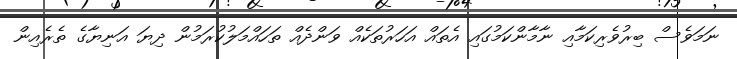
ނަމަވެސް ބިރުވެރިކަމާއި ނާމާންކަމުގައި އެތައް އަހަރުތަކެއް ވަންދެއް ތަހައްމަލުކުރަމުން ދިޔަ އަނިޔާގެ ތެރެއިން